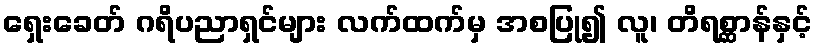
ရှေးခေတ် ဂရိပညာရှင်များ လက်ထက်မှ အစပြု၍ လူ၊ တိရစ္ဆာန်နှင့်